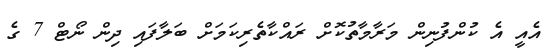
އެއީ އެ ކުންފުނިން މަރާމާތުކޮށް ރައްކާތެރިކަމަށް ބަލާފައި ދިން ނޯޓް 7 ގެ